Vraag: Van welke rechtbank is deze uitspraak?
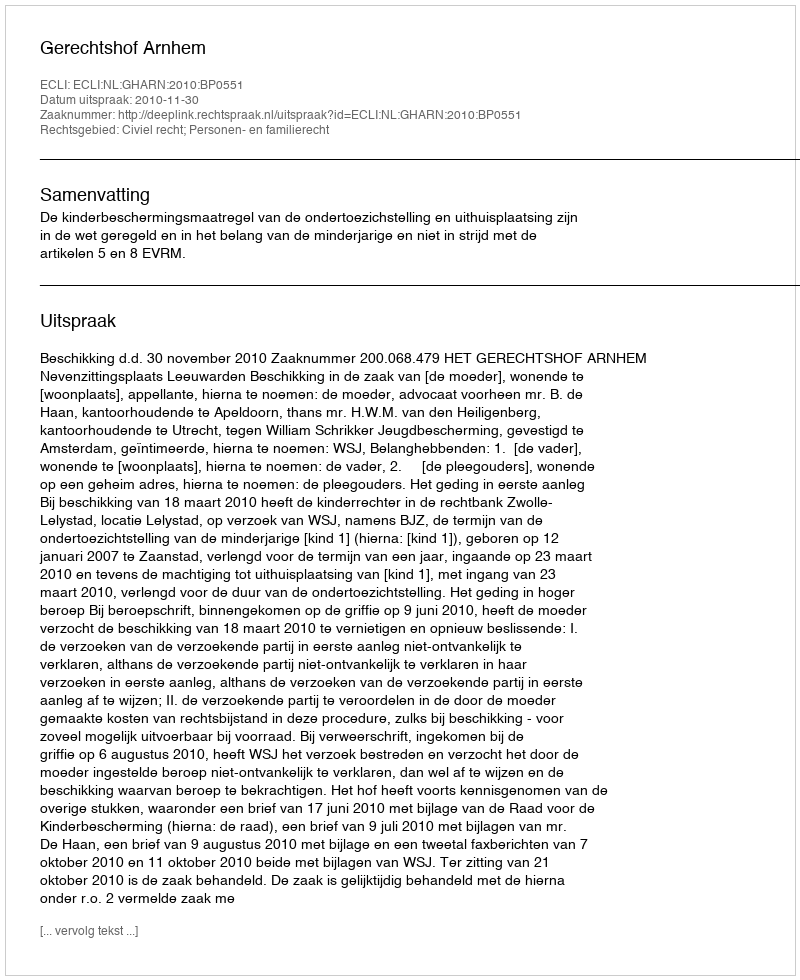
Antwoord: Gerechtshof Arnhem